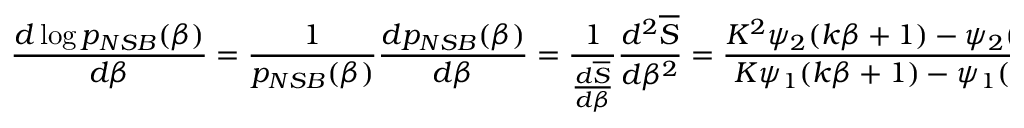
\frac { d \log p _ { N S B } ( \beta ) } { d \beta } = \frac { 1 } { p _ { N S B } ( \beta ) } \frac { d p _ { N S B } ( \beta ) } { d \beta } = \frac { 1 } { \frac { d \overline { { S } } } { d \beta } } \frac { d ^ { 2 } \overline { { S } } } { d \beta ^ { 2 } } = \frac { K ^ { 2 } \psi _ { 2 } ( k \beta + 1 ) - \psi _ { 2 } ( \beta + 1 ) } { K \psi _ { 1 } ( k \beta + 1 ) - \psi _ { 1 } ( \beta + 1 ) } ~ ,